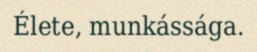
Élete, munkássága.